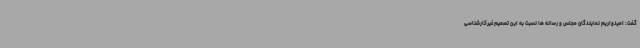
گفت: امیدواریم نمایندگان مجلس و رسانه ها نسبت به این تصمیم غیرکارشناسی